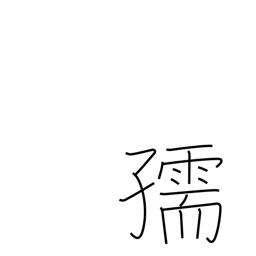
Meaning: child